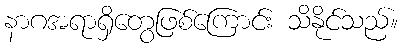
နာဂအရာရှိတွေဖြစ်ကြောင်း သိနိုင်သည်။